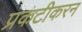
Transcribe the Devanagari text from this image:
प्रकटीकरन